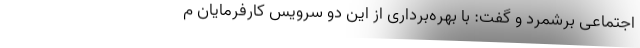
اجتماعی برشمرد و گفت: با بهره‌برداری از این دو سرویس کارفرمایان م